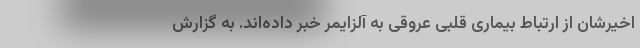
اخیرشان از ارتباط بیماری قلبی عروقی به آلزایمر خبر داده‌اند. به گزارش